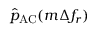
\hat { p } _ { \mathrm { A C } } ( m \Delta f _ { r } )